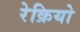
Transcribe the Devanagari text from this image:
रेक्रियो